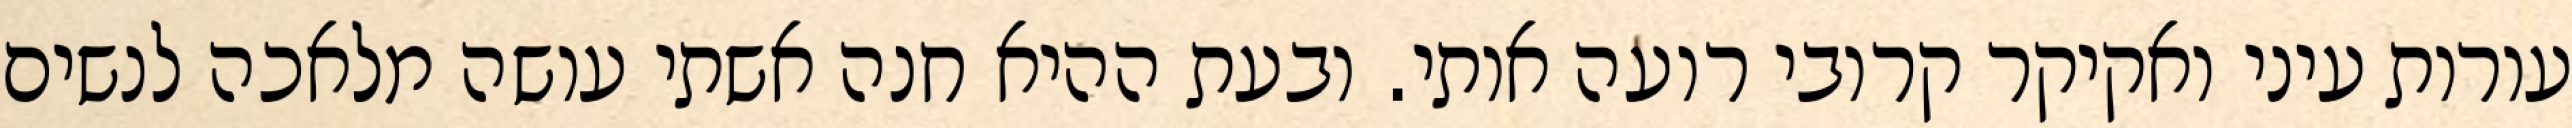
עורות עיני ואקיקר קרובי רועה אותי. ובעת ההיא חנה אשתי עושה מלאכה לנשים